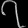
Digit: ၇